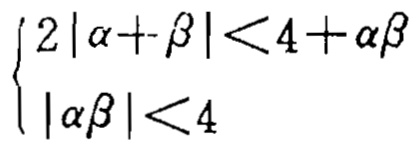
\[
\begin{cases}
2|\alpha + \beta| < 4 + \alpha\beta \\
|\alpha\beta| < 4
\end{cases}
\]